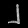
Digit: ၂